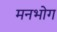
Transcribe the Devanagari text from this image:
मनभोग